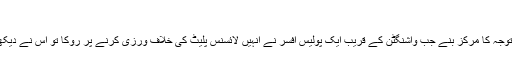
‘‘
رابنسن 2012 میں اس وقت قومی توجہ کا مرکز بنے جب واشنگٹن کے قریب ایک پولیس افسر نے انہیں لائسنس پلیٹ کی خلاف ورزی کرنے پر روکا تو اس نے دیکھا کہ گاڑی میں سے بیٹ مین نکلا۔